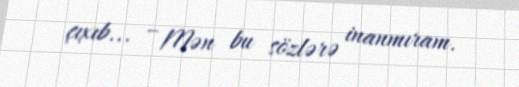
çıxıb... – Mən bu sözlərə inanmıram.